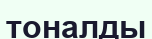
тоналды